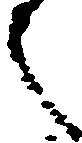
之